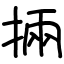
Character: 掚